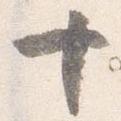
十